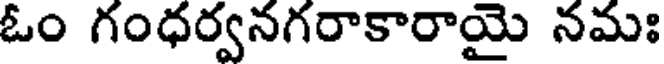
ఓం గంధర్వనగరాకారాయై నమః